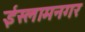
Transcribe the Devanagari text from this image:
ईस्लामनगर